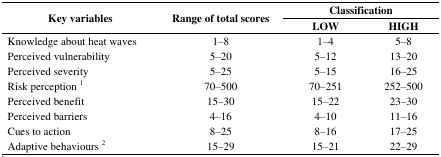
<table><thead><tr><td rowspan="2"><b>Key variables</b></td><td rowspan="2"><b>Range of total scores</b></td><td colspan="2"><b>Classification</b></td></tr><tr><td><b>LOW</b></td><td><b>HIGH</b></td></tr></thead><tbody><tr><td>Knowledge about heat waves</td><td>1–8</td><td>1–4</td><td>5–8</td></tr><tr><td>Perceived vulnerability</td><td>5–20</td><td>5–12</td><td>13–20</td></tr><tr><td>Perceived severity</td><td>5–25</td><td>5–15</td><td>16–25</td></tr><tr><td>Risk perception <sup>1</sup></td><td>70–500</td><td>70–251</td><td>252–500</td></tr><tr><td>Perceived benefit</td><td>15–30</td><td>15–22</td><td>23–30</td></tr><tr><td>Perceived barriers</td><td>4–16</td><td>4–10</td><td>11–16</td></tr><tr><td>Cues to action</td><td>8–25</td><td>8–16</td><td>17–25</td></tr><tr><td>Adaptive behaviours <sup>2</sup></td><td>15–29</td><td>15–21</td><td>22–29</td></tr></tbody></table>